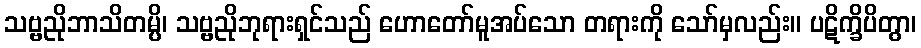
သဗ္ဗညိုဘာသိတမ္ပိ၊ သဗ္ဗညိုဘုရားရှင်သည် ဟောတော်မူအပ်သော တရားကို သော်မှလည်း။ ပဋိက္ခိပိတွာ၊